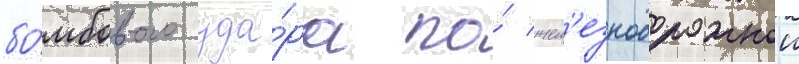
бо́мбового уда́ра по́ жел'езнодорожнои